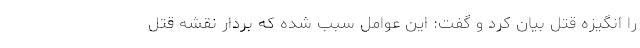
را انگیزه قتل بیان کرد و گفت: این عوامل سبب شده که بردار نقشه قتل